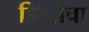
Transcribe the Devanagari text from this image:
हिररीचा